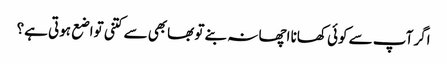
اگر آپ سے کوئی کھانا اچھا نہ بنے تو بھابھی سے کتنی تواضع ہوتی ہے؟